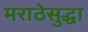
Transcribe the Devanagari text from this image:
मराठेसुद्धा